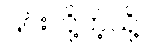
၎င်းတို့ကဲ့သို့